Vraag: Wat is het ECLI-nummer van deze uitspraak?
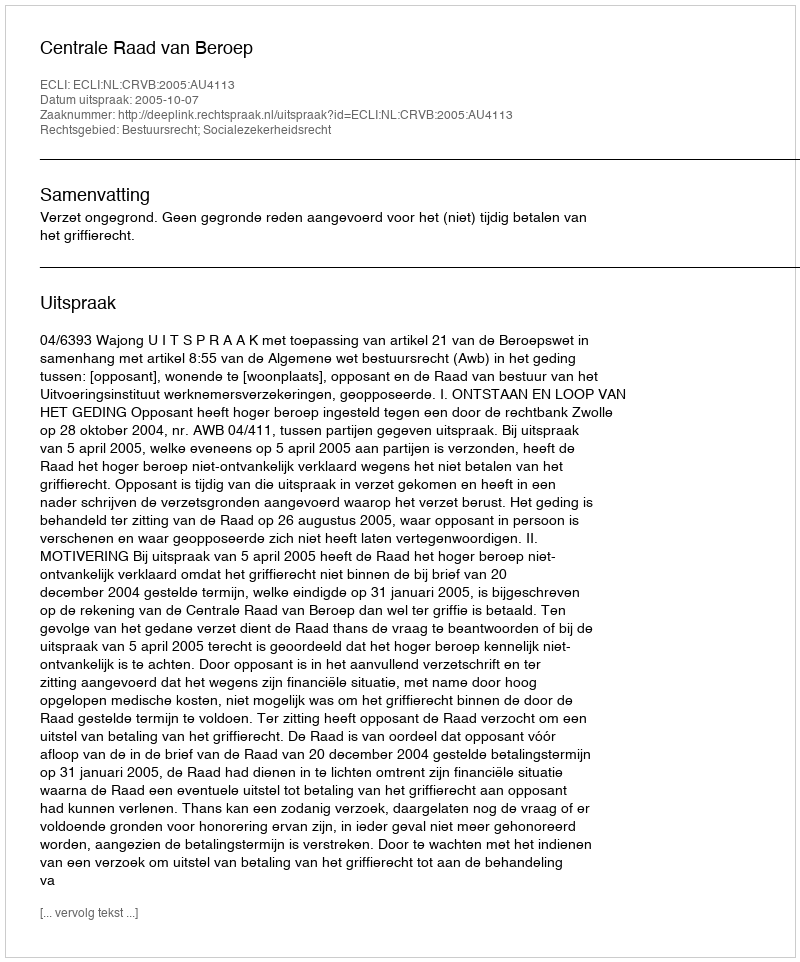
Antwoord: ECLI:NL:CRVB:2005:AU4113